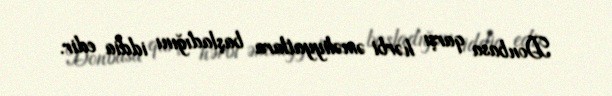
Donbasa qarşı hərbi əməliyyatlara başladığını iddia edir.